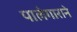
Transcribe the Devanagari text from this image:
पालेगाराने